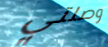
وصلتي